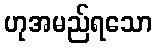
ဟုအမည်ရသော